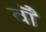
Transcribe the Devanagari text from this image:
वॉै